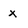
Character: x